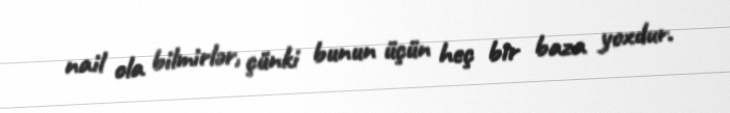
nail ola bilmirlər, çünki bunun üçün heç bir baza yoxdur.